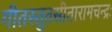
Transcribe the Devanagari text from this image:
गीतस्तुतसीतारामचन्द्रः